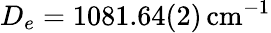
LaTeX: D_{e}=1081.64(2)\, \mathrm{cm}^{-1}